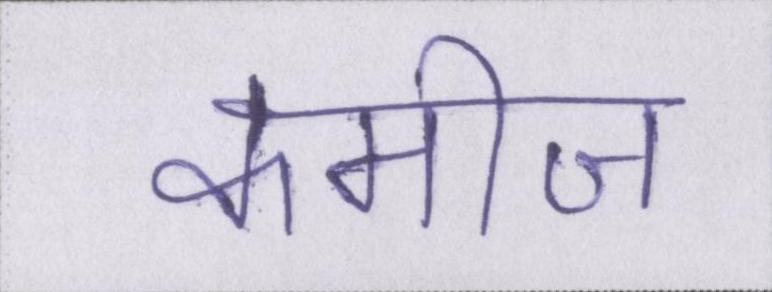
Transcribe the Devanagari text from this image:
कमीज